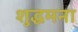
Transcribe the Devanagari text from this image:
शुद्धमना